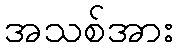
အသစ်အား